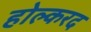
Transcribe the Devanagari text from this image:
होल्करद